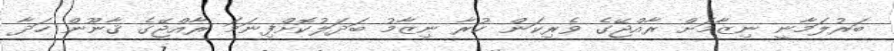
ބަރުލަމާނީ ނިޒާމަށް ރާއްޖޭގެ ވެރިކަން ކުރާ ނިޒާމު ބަދަލުކޮށްފިނަމަ ރާއްޖޭގެ ޤާނޫން ހަދާ